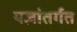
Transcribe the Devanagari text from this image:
यज्ञांतर्गत